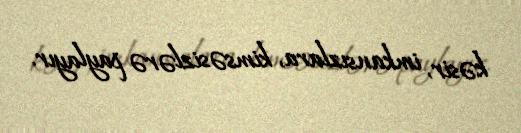
kəsir, imkansızlara, kimsəsizlərə paylayır.